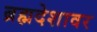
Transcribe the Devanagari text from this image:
ब्रह्मदेशावर